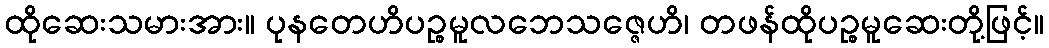
ထိုဆေးသမားအား။ ပုနတေဟိပဉ္စမူလဘေသဇ္ဇေဟိ၊ တဖန်ထိုပဉ္စမူဆေးတို့ဖြင့်။